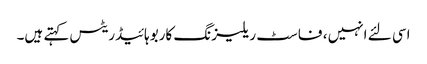
اسی لئے انہیں ، فاسٹ ریلیزنگ کاربوہائیڈریٹس کہتے ہیں۔